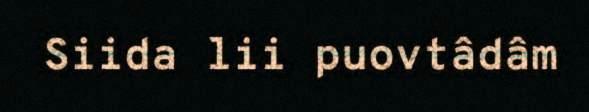
Siida lii puovtâdâm